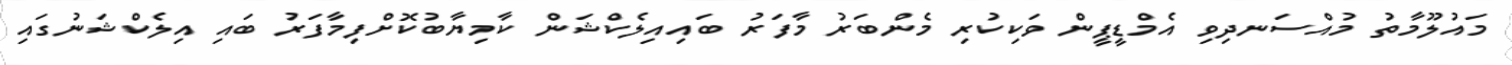
މައުލޫމާތު މުއްސަނދިވި އެމްޑީޕީން ވަކިކުރި މެންބަރު މާފަރު ބައިއިލެކްޝަން ކާމިޔާބުކޮށްފިމާފަރު ބައި އިލެކްޝަނުގައި